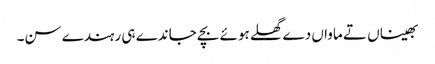
بھیناں تے ماواں دے گھلے ہوئے بچے جاندے ہی رہندے سن۔